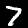
Label: 7